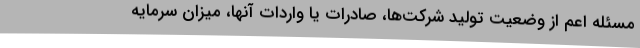
مسئله اعم از وضعیت تولید شرکت‌ها، صادرات یا واردات آنها، میزان سرمایه